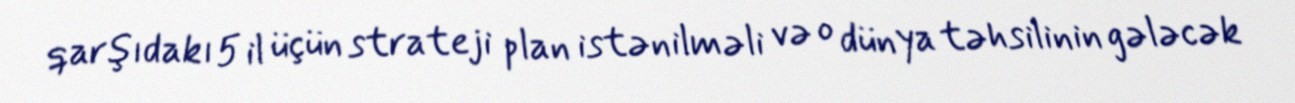
qarşıdakı 5 il üçün strateji plan istənilməli və o dünya təhsilinin gələcək